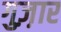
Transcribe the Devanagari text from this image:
गुज़़ार